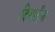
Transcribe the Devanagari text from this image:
दिमतीस